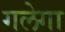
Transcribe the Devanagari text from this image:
गलेगा